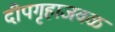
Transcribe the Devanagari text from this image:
दीपगृहाजवळ